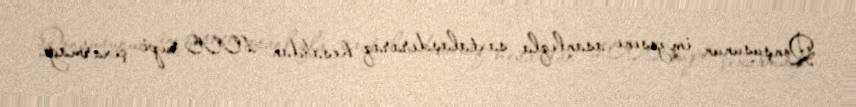
Qonşusunun imzasını asanlıqla saxtalaşdıraraq hesabdan 1000 rupi çıxarmağı